Civil Veterinary Department. United Provinces 1923-31 - 1923-1931
Year: 1923
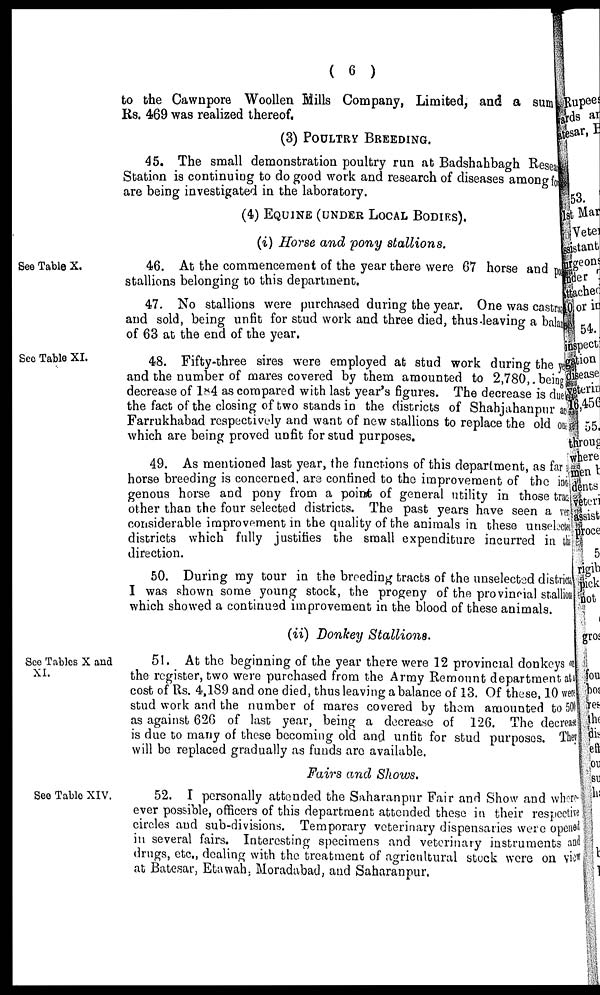
( 6 )
to the Cawnpore Woollen Mills Company, Limited, and a sum
Rs. 469 was realized thereof,
(3) POULTRY BREEDING
45. The small demonstration poultry run at Badshahbagh Reseai
Station is continuing to do good work and research of diseases among for
are being investigated in the laboratory.
(4) EQUINE (UNDER LOCAL BODIES).
(i) Horse and pony stallions.
See Table X.
46. At the commencement of the year there were 67 horse and por
stallions belonging to this department.
47. No stallions were purchased during the year. One was castrai
and sold, being unfit for stud work and three died, thus leaving a bal ance
of 63 at the end of the year.
SeeTable XI.
48. Fifty-three sires were employed at stud work during the year
and the number of mares covered by them amounted to 2,780,. being
decrease of 184 as compared with last year's figures. The decrease is due
the fact of the closing of two stands in the districts of Shahjahanpur a
Farrukhabad respectively and want of new stallions to replace the old on
which are being proved unfit for stud purposes,
49. As mentioned last year, the functions of this department, as far
horse breeding is concerned, are confined to the improvement of the ing
genous horse and pony from a point of general utility in those trae
other than the four selected districts. The past years have seen a very
considerable improvement in the quality of the animals in these unselected
districts which fully justifies the small expenditure incurred in the
direction.
50. During my tour in the breeding tracts of the unselected districts
I was shown some young stock, the progeny of the provincial stallions
which showed a continued improvement in the blood of these animals.
(ii) Donkey Stallions.
See Tables X and
XI.
51. At the beginning of the year there were 12 provincial donkeys on
the register, two were purchased from the Army Remount department at
cost of Rs. 4,189 and one died, thus leaving a balance of 13. Of these, 10 were
stud work and the number of mares covered by them amounted to 500
as against 626 of last year, being a decrease of 126. The decrease
is due to many of these becoming old and unfit for stud purposes. They
will bo replaced gradually as funds are available.
Fairs and Shows.
See Table XIV,
52. I personally attended the Saharanpur Fair and Show and where-
ever possible, officers of this department attended these in their respective
circles and sub-divisions. Temporary veterinary dispensaries were opened
in several fairs. Interesting specimens and veterinary instruments and
drugs, etc., dealing with the treatment of agricultural stock were on View
at Batesar, Etawah. Moradabad, and Saharanpur.